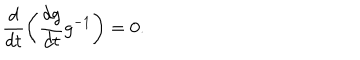
\frac { d } { d t } \left( \frac { d g } { d t } g ^ { - 1 } \right) = 0 .